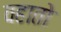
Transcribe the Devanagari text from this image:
वहातो